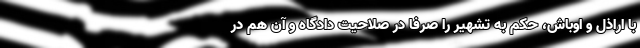
با اراذل و اوباش، حکم به تشهیر را صرفا در صلاحیت دادگاه و آن هم در